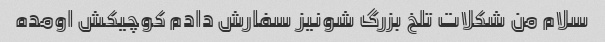
سلام من شکلات تلخ بزرگ شونیز سفارش دادم کوچیکش اومده